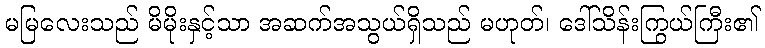
မမြလေးသည် မိမိုးနှင့်သာ အဆက်အသွယ်ရှိသည် မဟုတ်၊ ဒေါ်သိန်းကြွယ်ကြီး၏